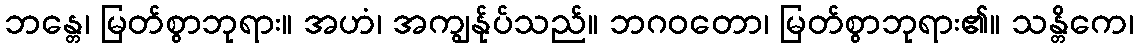
ဘန္တေ၊ မြတ်စွာဘုရား။ အဟံ၊ အကျွန်ုပ်သည်။ ဘဂဝတော၊ မြတ်စွာဘုရား၏။ သန္တိကေ၊